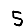
Digit: 5